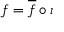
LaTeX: f = { \overline { { f } } } \circ \iota